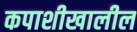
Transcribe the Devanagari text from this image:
कपाशीखालील